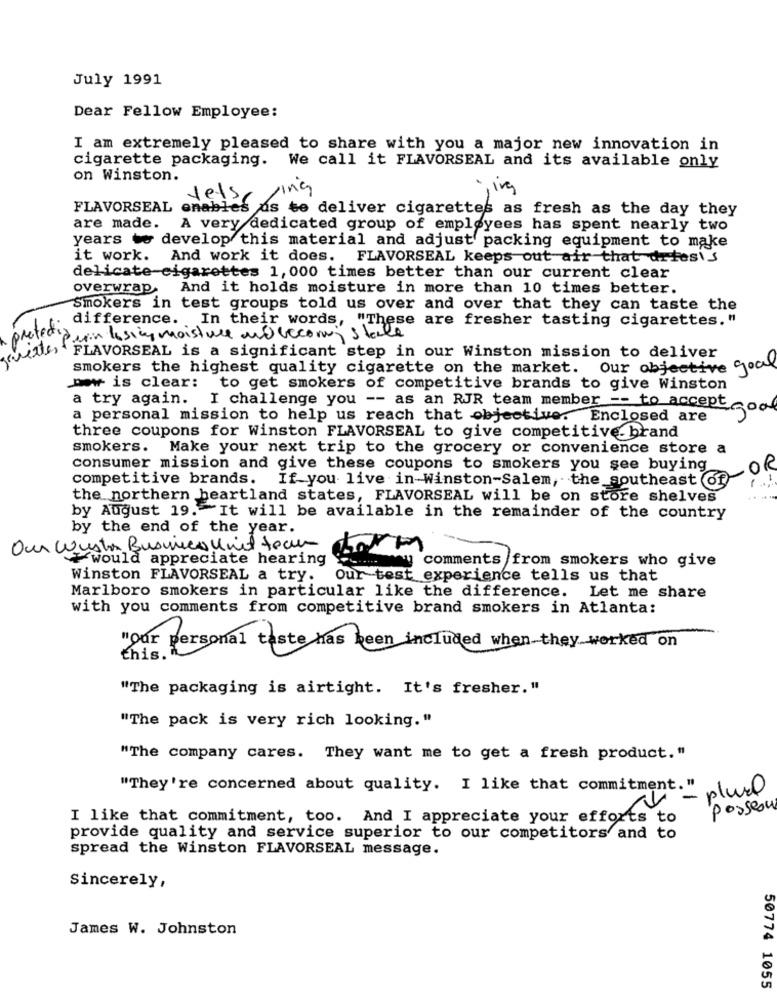
July 1991
Dear Fellow Employee:
I am extremely pleased to share with you a major new innovation in
cigarette packaging. We call it FLAVORSEAL and its available only
on Winston.
ing
,ing
Jets
FLAVORSEAL enables us te deliver cigarettes as fresh as the day they
are made.
A very dedicated group of employees has spent nearly two
years to develop this material and adjust packing equipment to make
it work.
And work it does. FLAVORSEAL keeps out air that drtesis
delicate-cigarettes 1,000 times better than our current clear
overwrap.
And it holds moisture in more than 10 times better.
Smokers in test groups told us over and over that they can taste the
difference. In their words, "These are fresher tasting cigarettes."
protect
win lesing moisture of becoming stale
witte FLAVORSEAL is a significant step in our Winston mission to deliver
smokers the highest quality cigarette on the market. Our objective good
mw is clear:
to get smokers of competitive brands to give Winston
a try again. I challenge you -- as an RJR team member -- to accept
Egoa
a personal mission to help us reach that objective. Enclosed are
three coupons for Winston FLAVORSEAL to give competitive. brand
smokers. Make your next trip to the grocery or convenience store a
consumer mission and give these coupons to smokers you see buying
OR
competitive brands.
If you live in-Winston-Salem, the southeast of
the northern heartland states, FLAVORSEAL will be on store shelves
by August 19. It will be available in the remainder of the country
by the end of the year.
Our Wuster Busines unit tech
would appreciate hearing
comments from smokers who give
Winston FLAVORSEAL a try.
Our test experience tells us that
Marlboro smokers in particular like the difference. Let me share
with you comments from competitive brand smokers in Atlanta:
"our personal taste has been included when they worked on
this.
"The packaging is airtight. It's fresher."
"The pack is very rich looking."
"The company cares. They want me to get a fresh product."
"They're concerned about quality. I like that commitment. "
V - plusl
posseou
I like that commitment, too. And I appreciate your efforts to
provide quality and service superior to our competitors and to
spread the Winston FLAVORSEAL message.
Sincerely,
James W. Johnston
50774 1055